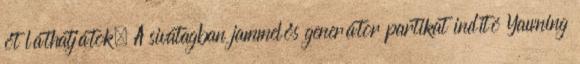
őt láthatjátok. A sivatagban jammelős generátor partikat indító Yawning